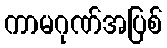
ကာမဂုဏ်အပြစ်